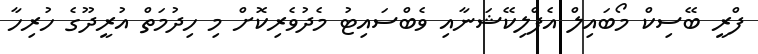
ފްރީ ބޭސިކް މޯބައިލް އެޕްލިކޭޝަނާއި ވެބްސައިޓު މެދުވެރިކޮށް މި ހިދުމަތް އުރީދޫގެ ހުރިހާ